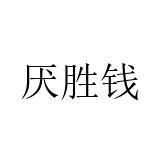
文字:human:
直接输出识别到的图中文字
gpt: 厌胜钱